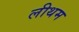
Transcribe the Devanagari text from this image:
लीथम